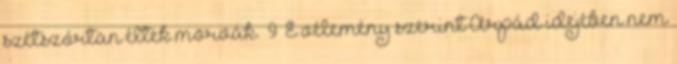
szétszórtan éltek morvák.” 9 E vélemény szerint Árpád idejében nem